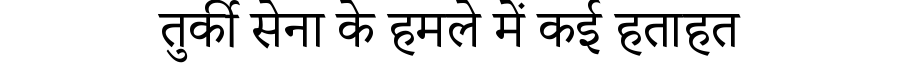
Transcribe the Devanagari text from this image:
तुर्की सेना के हमले में कई हताहत